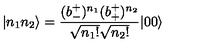
| n _ { 1 } n _ { 2 } \rangle = \frac { ( b _ { - } ^ { + } ) ^ { n _ { 1 } } ( b _ { + } ^ { + } ) ^ { n _ { 2 } } } { \sqrt { n _ { 1 } ! } \sqrt { n _ { 2 } ! } } | 0 0 \rangle